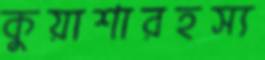
কুয়াশারহস্য